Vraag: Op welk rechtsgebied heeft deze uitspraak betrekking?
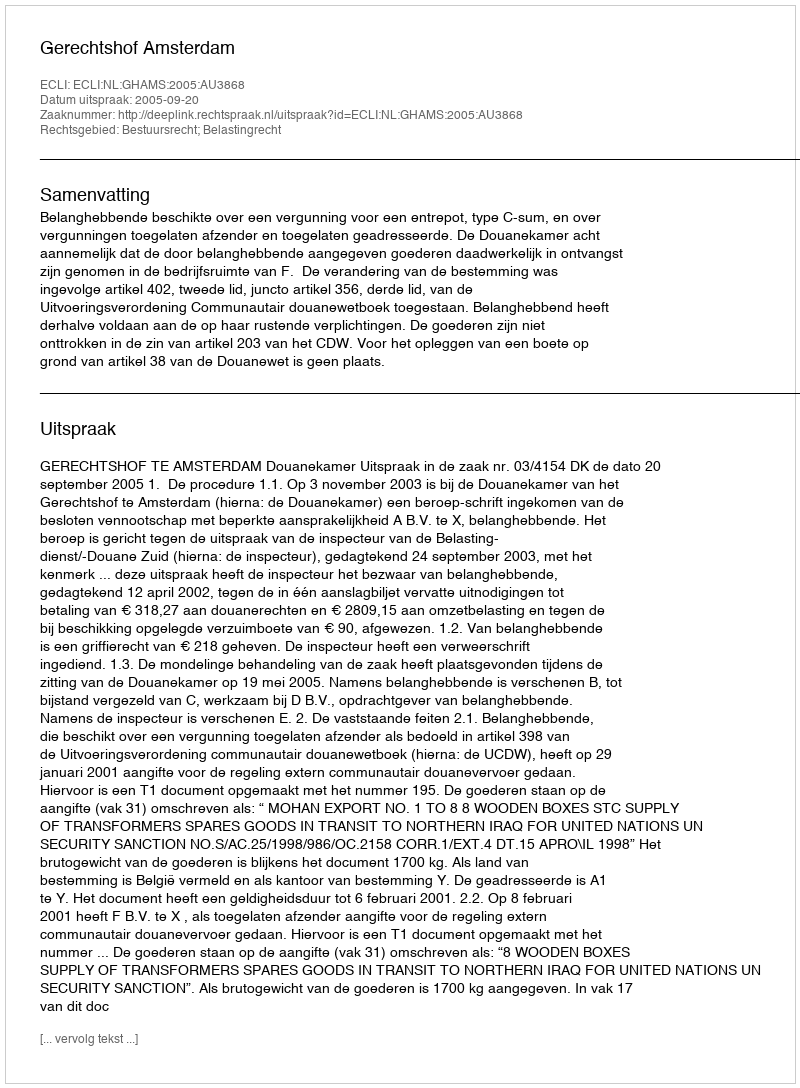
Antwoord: Bestuursrecht; Belastingrecht